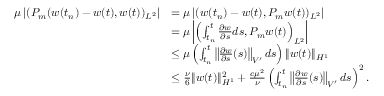
\begin{array} { r l } { \mu \left\lvert ( P _ { m } ( w ( t _ { n } ) - w ( t ) , w ( t ) ) _ { L ^ { 2 } } \right\rvert } & { = \mu \left\lvert ( w ( t _ { n } ) - w ( t ) , P _ { m } w ( t ) ) _ { L ^ { 2 } } \right\rvert } \\ & { = \mu \left\lvert \left( \int _ { t _ { n } } ^ { t } \frac { \partial w } { \partial s } d s , P _ { m } w ( t ) \right) _ { L ^ { 2 } } \right\rvert } \\ & { \leq \mu \left( \int _ { t _ { n } } ^ { t } \left\| \frac { \partial w } { \partial s } ( s ) \right\| _ { V ^ { \prime } } d s \right) \| w ( t ) \| _ { H ^ { 1 } } } \\ & { \leq \frac { \nu } { 6 } \| w ( t ) \| _ { H ^ { 1 } } ^ { 2 } + \frac { c \mu ^ { 2 } } { \nu } \left( \int _ { t _ { n } } ^ { t } \left\| \frac { \partial w } { \partial s } ( s ) \right\| _ { V ^ { \prime } } d s \right) ^ { 2 } . } \end{array}